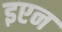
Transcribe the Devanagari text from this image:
इएन